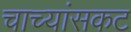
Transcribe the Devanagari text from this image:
चाच्यांसकट